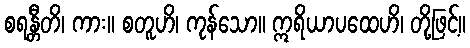
စရန္တီတိ၊ ကား။ စတူဟိ၊ ကုန်သော။ ဣရိယာပထေဟိ၊ တို့ဖြင့်။